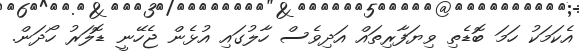
އެކަމަކު ހަމަ ބޮޑެތި ވިޔަފާރިތައް އަދިވެސް ހާލުގައި އުޅެން ޖެހޭނީ ޑޮލަރު ހޯދަން.